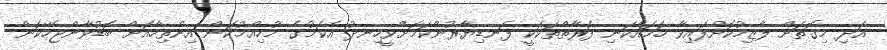
އަދި މިގޮތަށް ލާޒިމުކޮށްފައިވާ ހަމައެކަނި ފަރާތްތަކަކީ ފަނޑިޔާރުންކަމަށްވީހިނދު އެކަމުގެ މުހިއްމުކަން އިންތިހާއަށް ބޮޑުވާންޖެހޭކަން